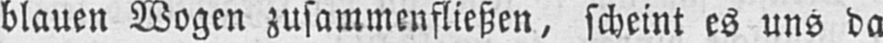
blauen Wogen zusammenfließen, scheint es uns da